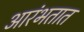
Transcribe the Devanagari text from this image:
आरंभतात